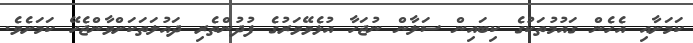
ކަމަށާއި އެހެން ގައުމުތަކުގެ ކިބައިން ސަލާން ނުޖަހާ އުޅެވޭވަރުގެ ފުދުންތެރި ދައުލަތަކަށްވާންޖެހޭ ކަމަށެވެ.